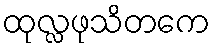
ထုလ္လဖုသိတကေ